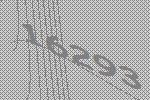
16293